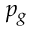
p _ { g }